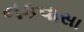
નકવાસા